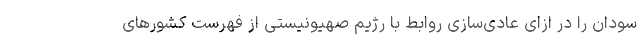
سودان را در ازای عادی‌سازی روابط با رژیم صهیونیستی از فهرست کشورهای